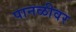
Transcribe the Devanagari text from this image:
पानळीवर